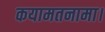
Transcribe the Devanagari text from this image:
कयामतनामा।